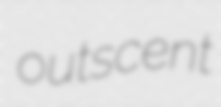
outscent